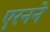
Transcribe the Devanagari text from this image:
एरनने